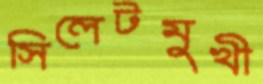
সিলেটমুখী